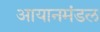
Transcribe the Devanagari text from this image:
आयानमंडल